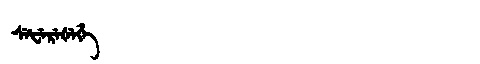
Manchu: ᠰᡝᡶᡝᡵᡝᡧᡝᡥᡝ
Romanization: SEFEREŠEHE